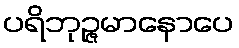
ပရိဘုဉ္ဇမာနောပေ